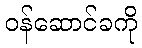
ဝန်ဆောင်ခကို